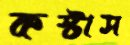
কস্টাস